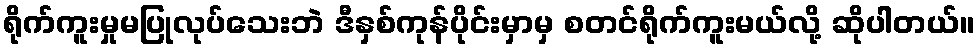
ရိုက်ကူးမှုမပြုလုပ်သေးဘဲ ဒီနှစ်ကုန်ပိုင်းမှာမှ စတင်ရိုက်ကူးမယ်လို့ ဆိုပါတယ်။